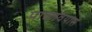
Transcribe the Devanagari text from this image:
पाळावयास